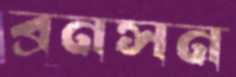
ব্রনসন